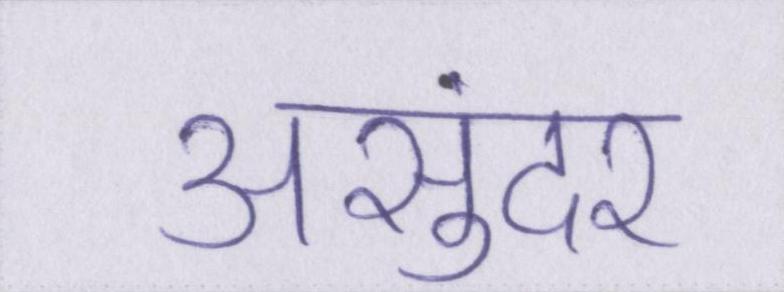
असुंदर